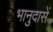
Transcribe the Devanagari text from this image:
भानुदासें